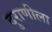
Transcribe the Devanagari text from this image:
दुराणीला